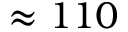
\approx 1 1 0